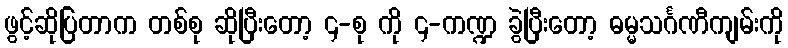
ဖွင့်ဆိုပြတာက တစ်စု ဆိုပြီးတော့ ၄-စု ကို ၄-ကဏ္ဍ ခွဲပြီးတော့ ဓမ္မသင်္ဂဏီကျမ်းကို